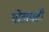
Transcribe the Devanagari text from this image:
गोलयटी